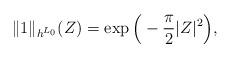
LaTeX: \begin{align*}\| 1 \|_{h^{L_0}}(Z) = \exp \Big(- \frac{\pi}{2} |Z|^2 \Big),\end{align*}